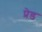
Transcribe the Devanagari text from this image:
प्रेड